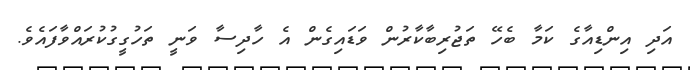
އަދި އިންޑިއާގެ ކަމާ ބެހޭ ތަޖުރިބާކާރުން ވަޑައިގެން އެ ހާދިސާ ވަނީ ތަހުގީގުކުރައްވާފައެވެ.